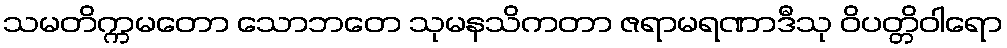
သမတိက္ကမတော သောဘတေ သုမနသိကတာ ဇရာမရဏာဒီသု ဝိပတ္တိဝါရော